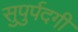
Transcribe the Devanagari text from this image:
सुपुर्पदगी